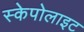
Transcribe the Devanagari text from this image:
स्केपोलाइट